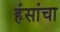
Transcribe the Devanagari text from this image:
हंसांचा